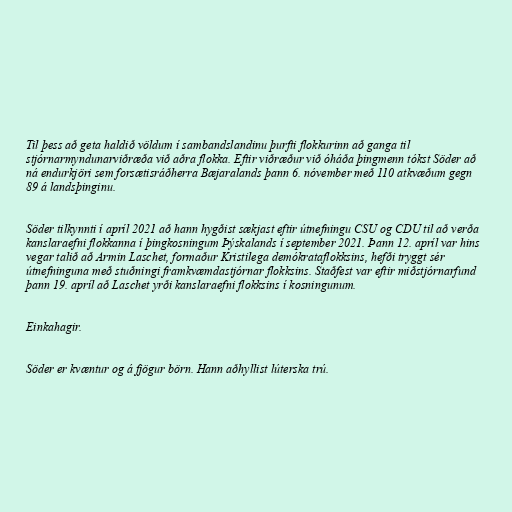
Til þess að geta haldið völdum í sambandslandinu þurfti flokkurinn að ganga til
stjórnarmyndunarviðræða við aðra flokka. Eftir viðræður við óháða þingmenn tókst Söder að
ná endurkjöri sem forsætisráðherra Bæjaralands þann 6. nóvember með 110 atkvæðum gegn
89 á landsþinginu.

Söder tilkynnti í apríl 2021 að hann hygðist sækjast eftir útnefningu CSU og CDU til að verða
kanslaraefni flokkanna í þingkosningum Þýskalands í september 2021. Þann 12. apríl var hins
vegar talið að Armin Laschet, formaður Kristilega demókrataflokksins, hefði tryggt sér
útnefninguna með stuðningi framkvæmdastjórnar flokksins. Staðfest var eftir miðstjórnarfund
þann 19. apríl að Laschet yrði kanslaraefni flokksins í kosningunum.

Einkahagir.

Söder er kvæntur og á fjögur börn. Hann aðhyllist lúterska trú.